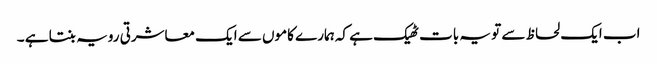
اب ایک لحاظ سے تو یہ بات ٹھیک ہے کہ ہمارے کاموں سے ایک معاشرتی رویہ بنتا ہے ۔